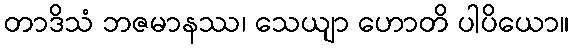
တာဒိသံ ဘဇမာနဿ၊ သေယျာ ဟောတိ ပါပိယော။